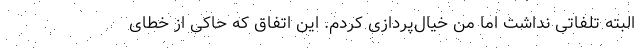
البته تلفاتی نداشت اما من خیال‌پردازی کردم. این اتفاق که حاکی از خطای